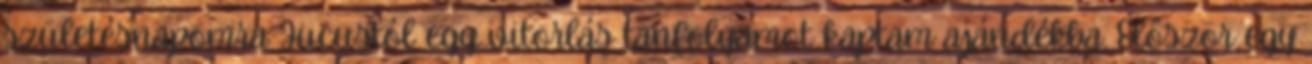
születésnapomra Jucustól egy vitorlás tanfolyamot kaptam ajándékba. Először egy